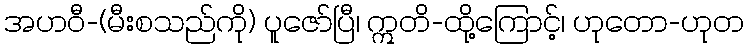
အဟဝီ-(မီးစသည်ကို) ပူဇော်ပြီ၊ ဣတိ-ထို့ကြောင့်၊ ဟုတော-ဟုတ